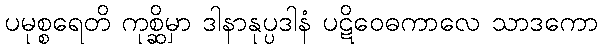
ပမုစ္စရေတိ ကုစ္ဆိမှာ ဒါနာနုပ္ပဒါနံ ပဋိဝေဓကာလေ သာဒကော